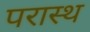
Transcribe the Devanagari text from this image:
परास्थ